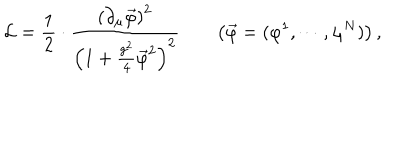
{ \cal L } = \frac { 1 } { 2 } \cdot \frac { \left( \partial _ { \mu } \vec { \varphi } \right) ^ { 2 } } { \left( 1 + \frac { g ^ { 2 } } { 4 } \vec { \varphi } ^ { 2 } \right) ^ { 2 } } \qquad \left( \vec { \varphi } = ( \varphi ^ { 1 } , \cdots , \varphi ^ { N } ) \right) ,